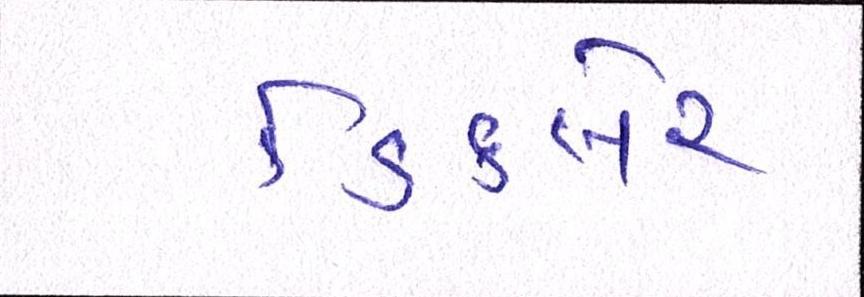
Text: ડિકલેર